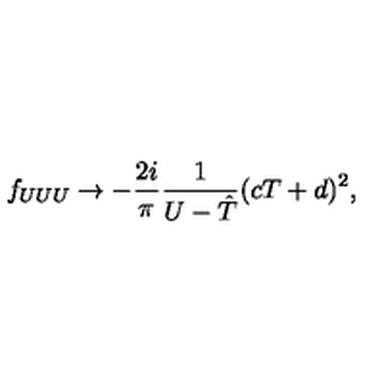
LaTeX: f _ { U U U } \rightarrow - \frac { 2 i } { \pi } \frac { 1 } { U - { \hat { T } } } ( c T + d ) ^ { 2 } ,